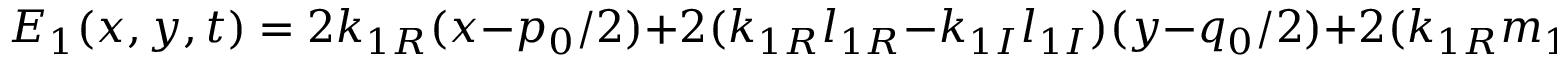
E _ { 1 } ( x , y , t ) = 2 k _ { 1 R } ( x - { p _ { 0 } } / { 2 } ) + 2 ( k _ { 1 R } l _ { 1 R } - k _ { 1 I } l _ { 1 I } ) ( y - { q _ { 0 } } / { 2 } ) + 2 ( k _ { 1 R } m _ { 1 R } - k _ { 1 I } m _ { 1 I } ) ( t - { r _ { 0 } } / { 2 } )